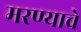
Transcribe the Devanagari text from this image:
मरण्याचे